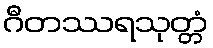
ဂီတဿရသုတ္တံ